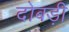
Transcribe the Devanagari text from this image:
दोबड़ी